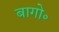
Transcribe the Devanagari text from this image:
बागो॰